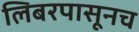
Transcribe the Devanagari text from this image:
लिबरपासूनच